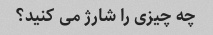
چه چیزی را شارژ می کنید؟